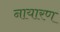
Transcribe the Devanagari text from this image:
नायारण